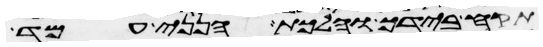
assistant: תקח בידך והלכת הנני עמד